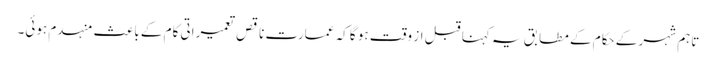
تاہم شہر کے حکام کے مطابق یہ کہنا قبل از وقت ہو گا کہ عمارت ناقص تعمیراتی کام کے باعث منہدم ہوئی۔